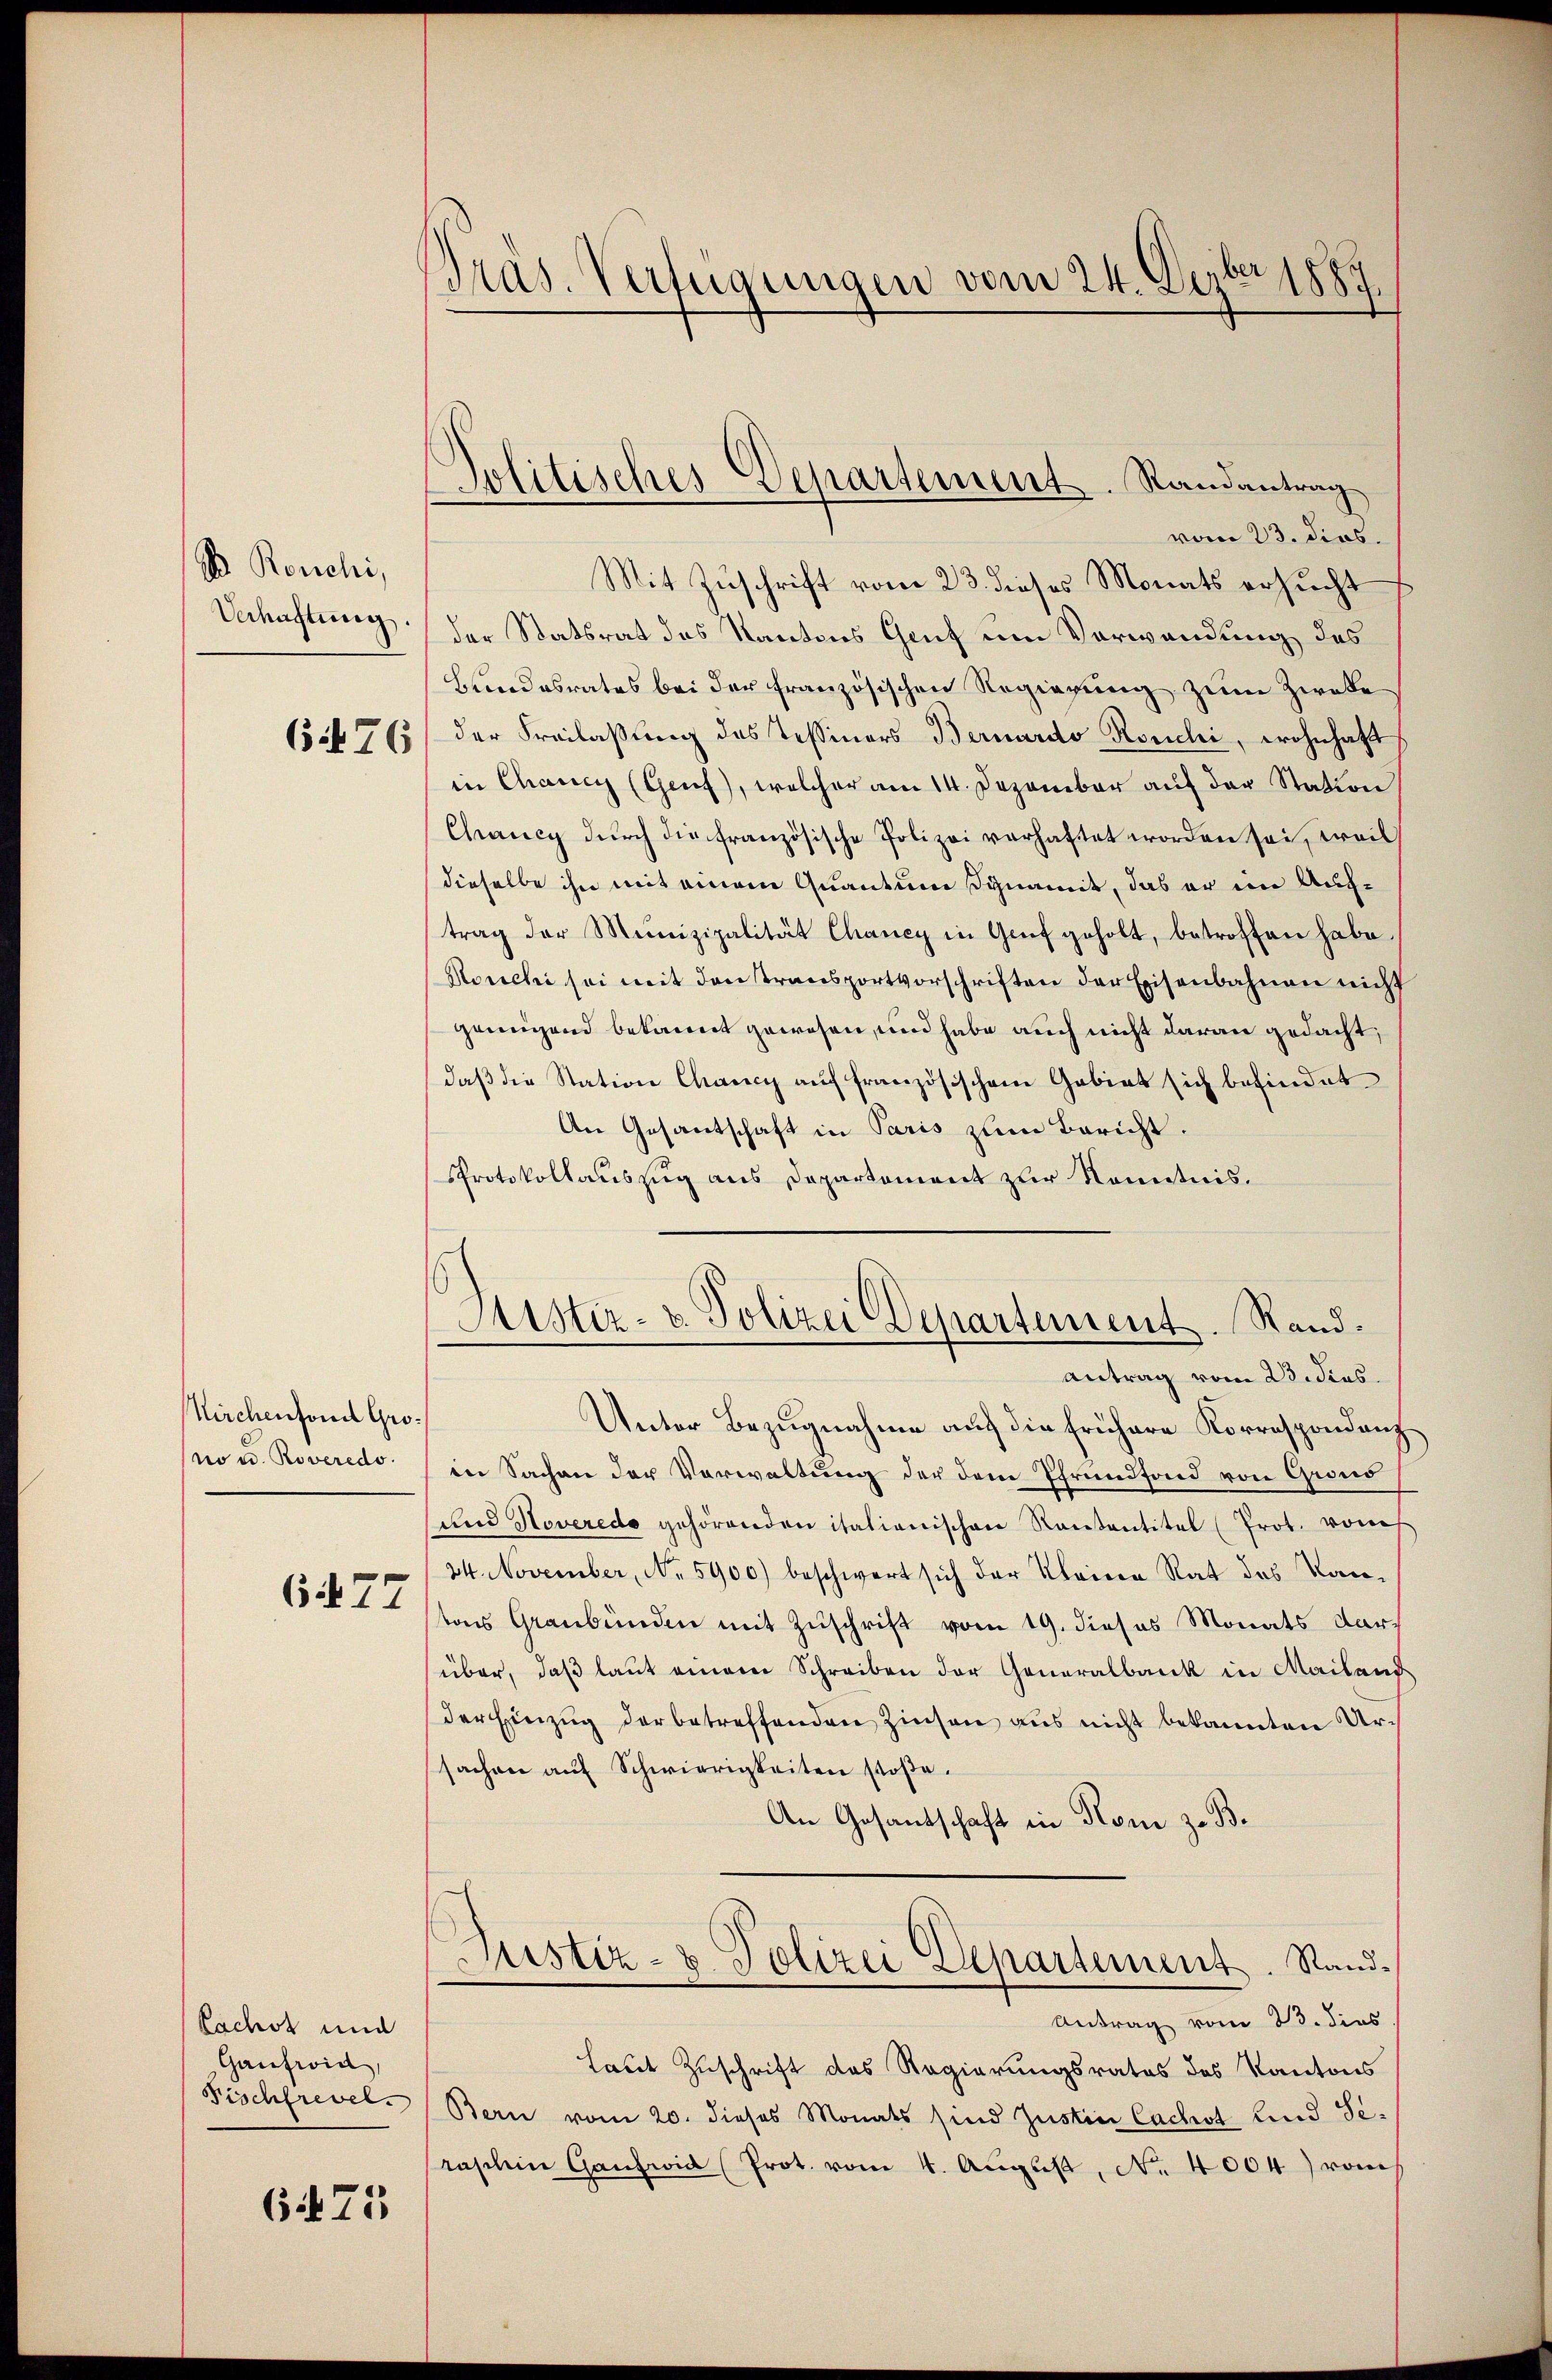
B Ronchi,
Verhaftung

6 476

Kirchenfond Grono u. Roveredo

6477

Sachet und
Gaufwiel
Fischfrevel.

6475

Präs. Verfügungen vom 24. Deber 1889

Politisches Departement. Randantrag

vom 23. dies.
Mit Zuschrift vom 23. dieses Monats ersucht
der Statsrat des Kantons Genf um Verwendung des
Bundesrates bei der französischen Regierung zum Zweke
der Freilassung des Tessiners Bernardo Kouchi, wohnhaft
in Chancy (Genf), welcher am 14. Dezember auf der Station
Chancy durch die französische Polizei verhaftet worden sei, weil
dieselbe ihn mit einem Quantum Synamit, das er im Auftrag der Munizipalität Chancy in Genf geholt, betroffen habe
Ronchi sei mit danstransportverschriften der Eisenbahnen nicht
genügend bekannt gewesen, und habe auch nicht daran gedacht
daß die Station Chancy auf französischem Gebiet sich befindet
An Gesantschaft in Paris zum Bericht.
Protokollauszug aus Departement zur Kenntnis.
Sistiz- & Polizei Departement. Randantrag vom 23. Jens.
Unter Bezugnahme auf die frühere Korrespondanzin Sachen der Verwaltung der dem Pfrundfond von Grond
und Noveredo gehörenden italienischen Kantantitel (Prot. von
24. November, No. 5900) beschwert sich der Kleine Rat des Kantons Graubünden mit Zuschrift vom 19. dieses Monats darüber, daβ laŭt einem Schreiben der Generalbank in Mailand
der Einzug der betreffenden Zinsen aus nicht bekannten Ursachen auf Schwierigkeiten stoße.
An Gesandschaft in Rom z. B.
Astiz- & Polizei Departement. Stand¬
Antrag vom 23. dies
Laut Zuschrift des Regierungsrates des Kantons
Bern vom 20. dieses Monats sind Justin Cachst und Seraschein Ganzwid (Prot. vom 4. Aŭgŭst No. 4004) vom